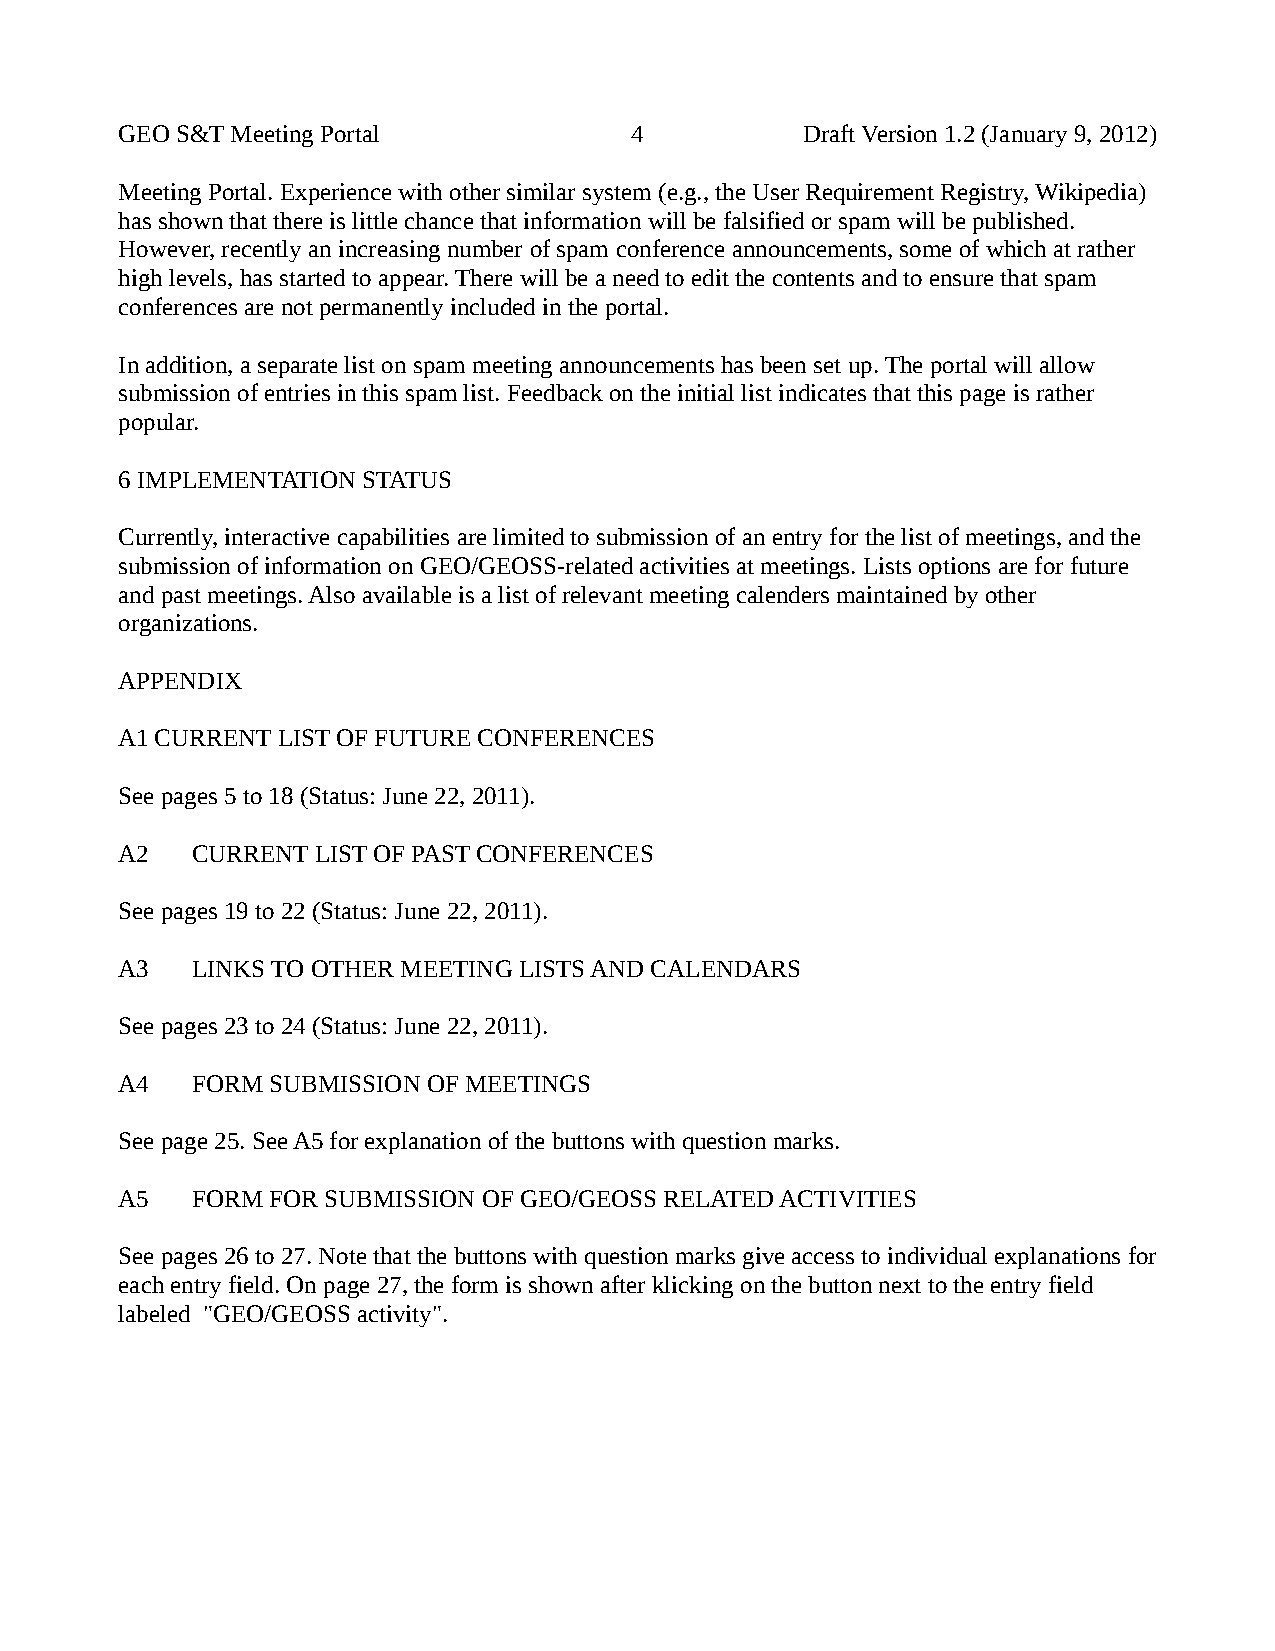
GEO S&T Meeting Portal            4          Draft Version 1.2 (January 9, 2012)
 Meeting Portal. Experience with other similar system (e.g., the User Requirement Registry, Wikipedia)
 has shown that there is little chance that information will be falsified or spam will be published.
 However, recently an increasing number of spam conference announcements, some of which at rather
 high levels, has started to appear. There will be a need to edit the contents and to ensure that spam
 conferences are not permanently included in the portal.
 In addition, a separate list on spam meeting announcements has been set up. The portal will allow
 submission of entries in this spam list. Feedback on the initial list indicates that this page is rather
 popular.
 6 IMPLEMENTATION STATUS
 Currently, interactive capabilities are limited to submission of an entry for the list of meetings, and the
 submission of information on GEO/GEOSS-related activities at meetings. Lists options are for future
 and past meetings. Also available is a list of relevant meeting calenders maintained by other
 organizations.
 APPENDIX
 A1 CURRENT LIST OF FUTURE CONFERENCES
 See pages 5 to 18 (Status: June 22, 2011).
 A2   CURRENT LIST OF PAST CONFERENCES
 See pages 19 to 22 (Status: June 22, 2011).
 A3   LINKS TO OTHER MEETING LISTS AND CALENDARS
 See pages 23 to 24 (Status: June 22, 2011).
 A4   FORM SUBMISSION OF MEETINGS
 See page 25. See A5 for explanation of the buttons with question marks.
 A5   FORM FOR SUBMISSION OF GEO/GEOSS RELATED ACTIVITIES
 See pages 26 to 27. Note that the buttons with question marks give access to individual explanations for
 each entry field. On page 27, the form is shown after klicking on the button next to the entry field
 labeled "GEO/GEOSS activity".